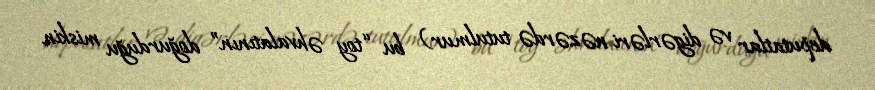
deputatlar və digərləri nəzərdə tutulmur) bu “toy əhvalatının” doğurduğu miskin